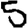
Digit: 5